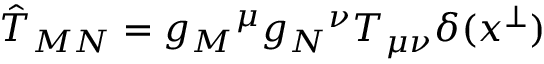
\hat { T } _ { M N } = g _ { M } { } ^ { \mu } g _ { N } { } ^ { \nu } T _ { \mu \nu } \delta ( x ^ { \perp } )